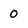
Character: 0